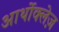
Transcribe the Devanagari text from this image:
आर्थोक्लेज़